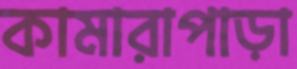
কামারাপাড়া